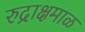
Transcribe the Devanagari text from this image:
रुद्राक्षमाळ